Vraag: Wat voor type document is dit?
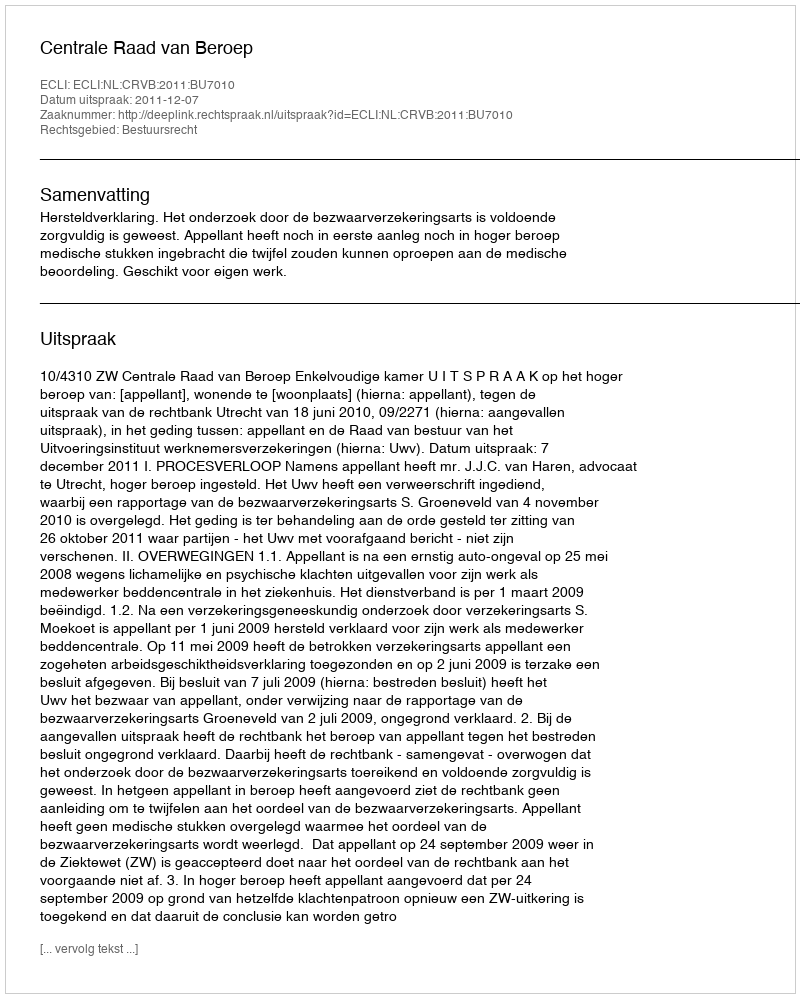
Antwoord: Uitspraak